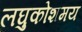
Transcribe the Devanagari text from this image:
लघुकोशमय